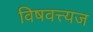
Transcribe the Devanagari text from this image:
विषवत्त्यज